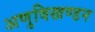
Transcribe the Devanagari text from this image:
अणुविखण्डन